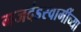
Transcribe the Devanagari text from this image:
गजदंडस्वामींच्या